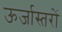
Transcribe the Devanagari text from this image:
ऊर्जास्तरों